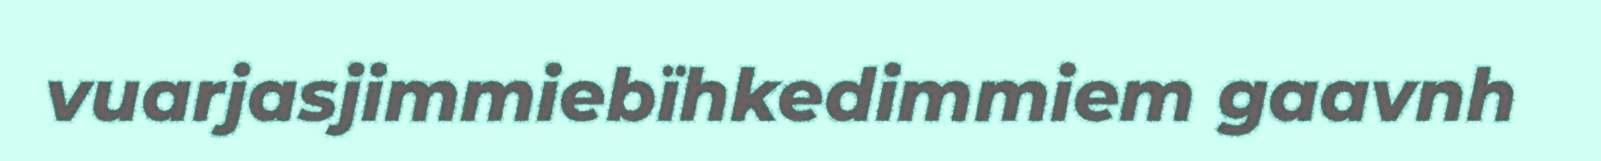
vuarjasjimmiebïhkedimmiem gaavnh